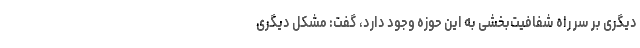
دیگری بر سر راه شفافیت‌بخشی به این حوزه وجود دارد، گفت: مشکل دیگری